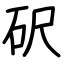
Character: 𥐮